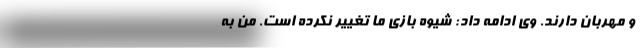
و مهربان دارند. وی ادامه داد: شیوه بازی ما تغییر نکرده است. من به